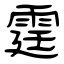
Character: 霆